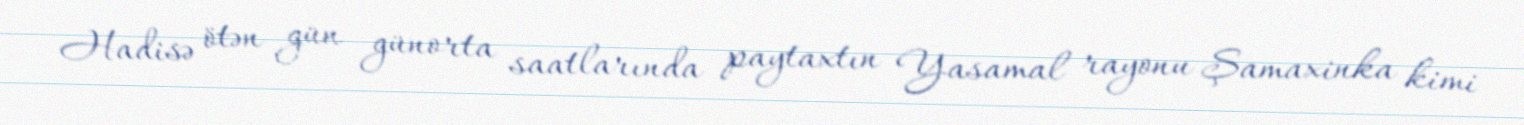
Hadisə ötən gün günorta saatlarında paytaxtın Yasamal rayonu Şamaxinka kimi